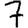
Digit: 7